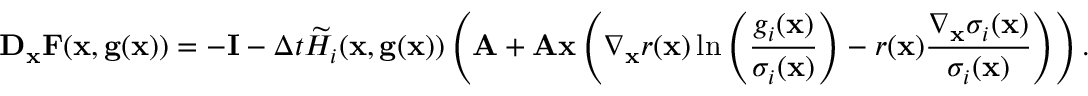
\mathbf D _ { \mathbf x } \mathbf F ( \mathbf x , \mathbf g ( \mathbf x ) ) = - \mathbf I - \Delta t \widetilde H _ { i } ( \mathbf x , \mathbf g ( \mathbf x ) ) \left( \mathbf A + \mathbf A \mathbf x \left( \nabla _ { \mathbf x } r ( \mathbf x ) \ln \left( \frac { g _ { i } ( \mathbf x ) } { \sigma _ { i } ( \mathbf x ) } \right) - r ( \mathbf x ) \frac { \nabla _ { \mathbf x } \sigma _ { i } ( \mathbf x ) } { \sigma _ { i } ( \mathbf x ) } \right) \right) .